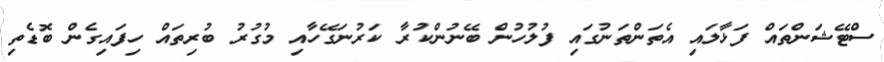
ސްޓޭޝަންތައް ފަޅާލައި އެތަންތަނުގައި ފުލުހުން ބޭނުންކުރާ ކަރުނަގޭހާއި މުގުރު ބުރިތައް ހިފައިގެން ބޮޑެތި